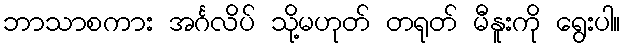
ဘာသာစကား အင်္ဂလိပ် သို့မဟုတ် တရုတ် မီနူးကို ရွေးပါ။